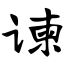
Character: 谏